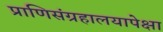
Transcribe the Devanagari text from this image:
प्राणिसंग्रहालयापेक्षा